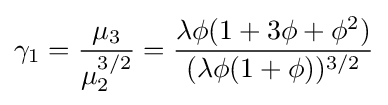
\gamma _{1}={\frac {\mu _{3}}{\mu _{2}^{3/2}}}={\frac {\lambda \phi (1+3\phi +\phi ^{2})}{(\lambda \phi (1+\phi ))^{3/2}}}